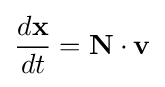
{\frac {d\mathbf {x} }{dt}}=\mathbf {N} \cdot \mathbf {v}